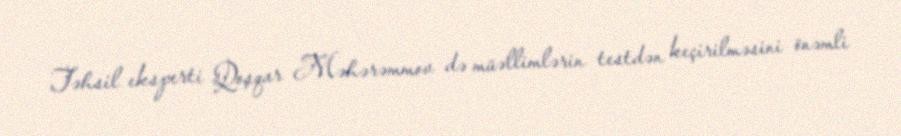
Təhsil eksperti Qoşqar Məhərəmmov də müəllimlərin testdən keçirilməsini önəmli